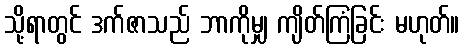
သို့ရာတွင် ဒက်ဇာသည် ဘာကိုမျှ ကျိတ်ကြံခြင်း မဟုတ်။